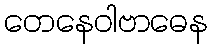
တေနေဝါဗာဓေန